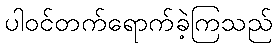
ပါဝင်တက်ရောက်ခဲ့ကြသည်